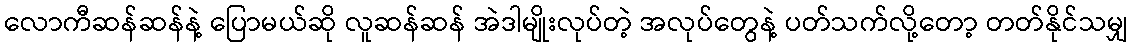
လောကီဆန်ဆန်နဲ့ ပြောမယ်ဆို လူဆန်ဆန် အဲဒါမျိုးလုပ်တဲ့ အလုပ်တွေနဲ့ ပတ်သက်လို့တော့ တတ်နိုင်သမျှ